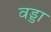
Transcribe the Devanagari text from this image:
वड्डा